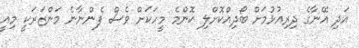
އަދި އޭނާގެ ދިރިއުޅުމަށް ބޯދިއްކޮށްލި ކޮންމެ މީހަކަށް ވެސް ފެންނާނެ މަންޒަރަކީ މިއީ